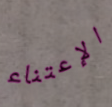
الإعتناء